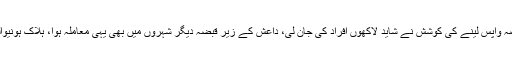
اس کی مثال موصل ہے جس کا داعش سے قبضہ واپس لینے کی کوشش نے شاید لاکھوں افراد کی جان لی، داعش کے زیر قبضہ دیگر شہروں میں بھی یہی معاملہ ہوا، ہلاک ہونیوالوں کی بڑی تعداد کی لاشیں شاید کبھی نہ ملیں۔